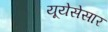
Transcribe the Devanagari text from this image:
यूयेसेसार